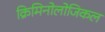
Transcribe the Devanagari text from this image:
क्रिमिनोलोजिकल